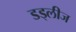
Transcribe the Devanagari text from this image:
डड्लीज